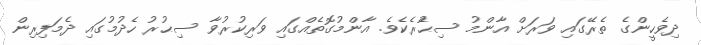
ދިވެހީންގެ ތެރޭގައި ވަރަށް އާންމު ސިޙުެރެކެވެ. އާންމުގޮތެއްގައި ވަރިކުރުވާ ސިޙުރު ހެދުމުގައި ދެމަފިރިން